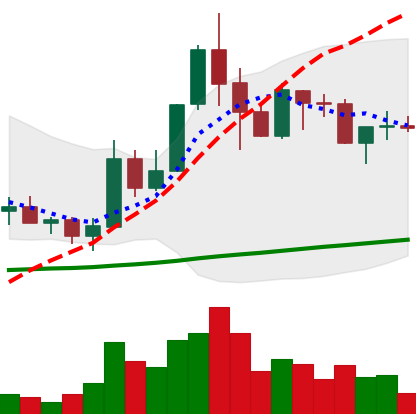
Ticker: ADA-USD
Chart end date: 2019-05-25
Forward return: 4.979%
Label: up_3_5